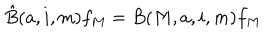
\hat { B } ( a , i , m ) f _ { M } = B ( M , a , i , m ) f _ { M }